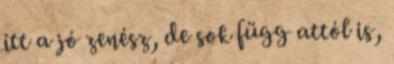
itt a jó zenész, de sok függ attól is,